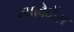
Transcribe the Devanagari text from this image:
त्यावेळेंस